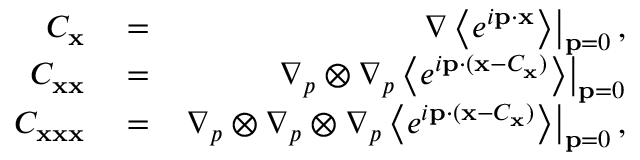
\begin{array} { r l r } { C _ { \bf x } } & { { } = } & { \left. \nabla \left\langle e ^ { i { \bf p } \cdot { \bf x } } \right\rangle \right\rvert _ { { \bf p } = { \boldsymbol 0 } } , } \\ { C _ { { \bf x } { \bf x } } } & { { } = } & { \left. \nabla _ { p } \otimes \nabla _ { p } \left\langle e ^ { i { \bf p } \cdot ( { \bf x } - C _ { \bf x } ) } \right\rangle \right\rvert _ { { \bf p } = { \boldsymbol 0 } } } \\ { C _ { { \bf x } { \bf x } { \bf x } } } & { { } = } & { \left. \nabla _ { p } \otimes \nabla _ { p } \otimes \nabla _ { p } \left\langle e ^ { i { \bf p } \cdot ( { \bf x } - C _ { \bf x } ) } \right\rangle \right\rvert _ { { \bf p } = { \boldsymbol 0 } } , } \end{array}